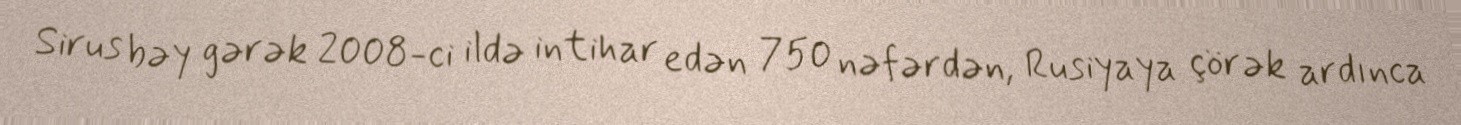
Sirus bəy gərək 2008-ci ildə intihar edən 750 nəfərdən, Rusiyaya çörək ardınca